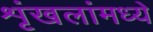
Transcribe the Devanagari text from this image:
शृंखलांमध्ये